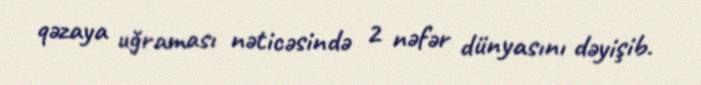
qəzaya uğraması nəticəsində 2 nəfər dünyasını dəyişib.